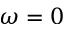
\omega = 0